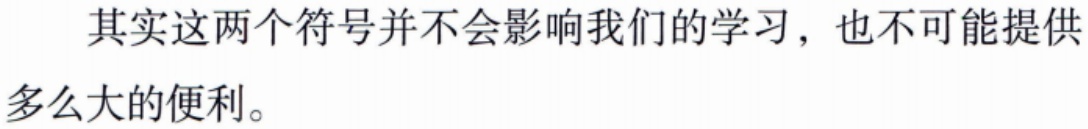
其实这两个符号并不会影响我们的学习，也不可能提供多么大的便利。